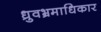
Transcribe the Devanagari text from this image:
ध्रुवभ्रमाधिकार